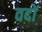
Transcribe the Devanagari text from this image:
वदों